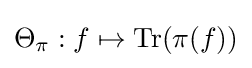
\Theta _{\pi }:f\mapsto \operatorname {Tr} (\pi (f))